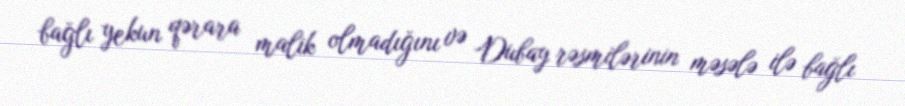
bağlı yekun qərara malik olmadığını və Dubay rəsmilərinin məsələ ilə bağlı